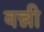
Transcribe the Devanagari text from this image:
वन्नी